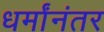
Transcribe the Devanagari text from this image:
धर्मांनंतर